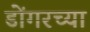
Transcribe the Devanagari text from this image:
डोंगरच्या